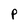
Character: p